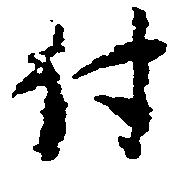
付